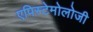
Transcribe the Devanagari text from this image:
एपिस्टेमोलोजी